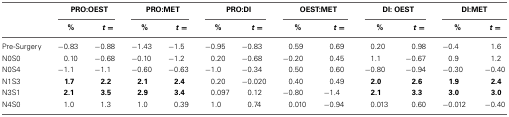
<table><thead><tr><td></td><td colspan="2"><b>PRO:OEST</b></td><td colspan="2"><b>PRO:MET</b></td><td colspan="2"><b>PRO:DI</b></td><td colspan="2"><b>OEST:MET</b></td><td colspan="2"><b>DI: OEST</b></td><td colspan="2"><b>DI:MET</b></td></tr><tr><td></td><td><b>%</b></td><td><b><i>t</i> =</b></td><td><b>%</b></td><td><b><i>t</i> =</b></td><td><b>%</b></td><td><b><i>t</i> =</b></td><td><b>%</b></td><td><b><i>t</i> =</b></td><td><b>%</b></td><td><b><i>t</i> =</b></td><td><b>%</b></td><td><b><i>t</i> =</b></td></tr></thead><tbody><tr><td>Pre-Surgery</td><td>−0.83</td><td>−0.88</td><td>−1.43</td><td>−1.5</td><td>−0.95</td><td>−0.83</td><td>0.59</td><td>0.69</td><td>0.20</td><td>0.98</td><td>−0.4</td><td>1.6</td></tr><tr><td>N0S0</td><td>0.10</td><td>−0.68</td><td>−0.10</td><td>−1.2</td><td>0.20</td><td>−0.68</td><td>−0.20</td><td>0.45</td><td>1.1</td><td>−0.67</td><td>0.9</td><td>1.2</td></tr><tr><td>N0S4</td><td>−1.1</td><td>−1.1</td><td>−0.60</td><td>−0.63</td><td>−1.0</td><td>−0.34</td><td>0.50</td><td>0.60</td><td>−0.80</td><td>−0.94</td><td>−0.30</td><td>−0.40</td></tr><tr><td>N1S3</td><td><b>1.7</b></td><td><b>2.2</b></td><td><b>2.1</b></td><td><b>2.4</b></td><td>0.20</td><td>−0.020</td><td>0.40</td><td>0.49</td><td><b>2.0</b></td><td><b>2.6</b></td><td><b>1.9</b></td><td><b>2.4</b></td></tr><tr><td>N3S1</td><td><b>2.1</b></td><td><b>3.5</b></td><td><b>2.9</b></td><td><b>3.4</b></td><td>0.097</td><td>0.12</td><td>−0.80</td><td>−1.4</td><td><b>2.1</b></td><td><b>3.3</b></td><td><b>3.0</b></td><td><b>3.0</b></td></tr><tr><td>N4S0</td><td>1.0</td><td>1.3</td><td>1.0</td><td>0.39</td><td>1.0</td><td>0.74</td><td>0.010</td><td>−0.94</td><td>0.013</td><td>0.60</td><td>−0.012</td><td>−0.40</td></tr></tbody></table>